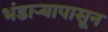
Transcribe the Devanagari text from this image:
भंडाऱ्यापासून